Plague in India, 1896, 1897 - Volume 2
Year: 1896
Disease focus: Plague
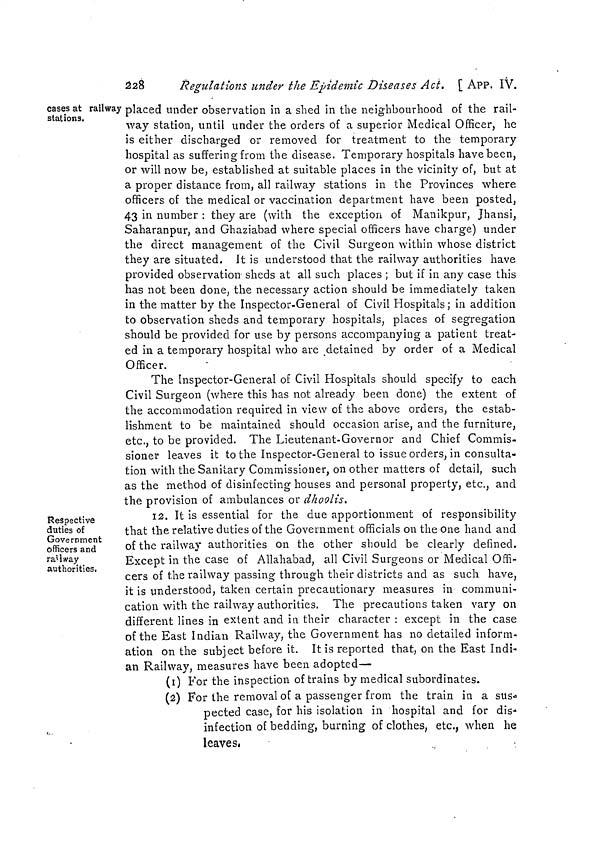
228
Regulations under the Epidemic Diseases Act. [ APP. IV.
cases at railway
stations.
placed under observation in a shed in the neighbourhood of the rail-
way station, until under the orders of a superior Medical Officer, he
is either discharged or removed for treatment to the temporary
hospital as suffering from the disease. Temporary hospitals have been,
or will now be, established at suitable places in the vicinity of, but at
a proper distance from, all railway stations in the Provinces where
officers of the medical or vaccination department have been posted,
43 in number : they are (with the exception of Manikpur, Jhansi,
Saharanpur, and Ghaziabad where special officers have charge) under
the direct management of the Civil Surgeon within whose district
they are situated. It is understood that the railway authorities have
provided observation sheds at all such places ; but if in any case this
has not been done, the necessary action should be immediately taken
in the matter by the Inspector-General of Civil Hospitals; in addition
to observation sheds and temporary hospitals, places of segregation
should be provided for use by persons accompanying a patient treat-
ed in a temporary hospital who are detained by order of a Medical
Officer.
The Inspector-General of Civil Hospitals should specify to each
Civil Surgeon (where this has not already been done) the extent of
the accommodation required in view of the above orders, the estab-
lishment to be maintained should occasion arise, and the furniture,
etc., to be provided. The Lieutenant-Governor and Chief Commis-
sioner leaves it to the Inspector-General to issue orders, in consulta-
tion with the Sanitary Commissioner, on other matters of detail, such
as the method of disinfecting houses and personal property, etc., and
the provision of ambulances or dhooiis.
Respective
duties of
Government
officers and
rai Iway
authorities.
12. It is essential for the due apportionment of responsibility
that the relative duties of the Government officials on the one hand and
of the railway authorities on the other should be clearly defined.
Except in the case of Allahabad, all Civil Surgeons or Medical Offi-
cers of the railway passing through their districts and as such have,
it is understood, taken certain precautionary measures in communi-
cation with the railway authorities. The precautions taken vary on
different lines in extent and in their character : except in the case
of the East Indian Railway, the Government has no detailed inform-
ation on the subject before it. It is reported that, on the East Indi-
an Railway, measures have been adopted—
(1) For the inspection of trains by medical subordinates.
(2) For the removal of a passenger from the train in a sus-
pected case, for his isolation in hospital and for dis-
infection of bedding, burning of clothes, etc., when he
leaves.